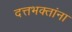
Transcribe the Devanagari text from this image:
दत्तभक्तांना